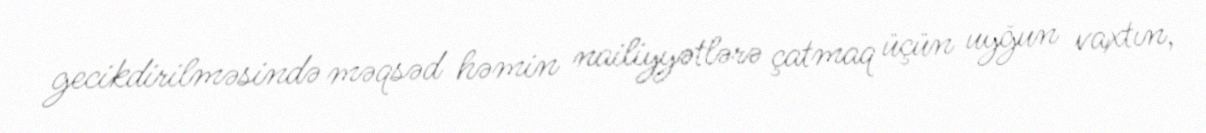
gecikdirilməsində məqsəd həmin nailiyyətlərə çatmaq üçün uyğun vaxtın,